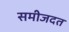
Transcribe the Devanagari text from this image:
समीजदत